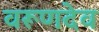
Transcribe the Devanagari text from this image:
वरूणदेव